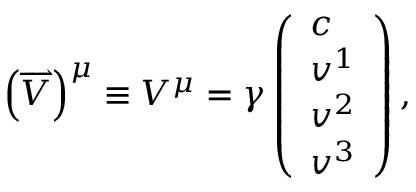
\left( \overrightharpoon { V } \right) ^ { \mu } \equiv V ^ { \mu } = \gamma \left( \begin{array} { l } { c } \\ { v ^ { 1 } } \\ { v ^ { 2 } } \\ { v ^ { 3 } } \end{array} \right) ,